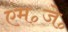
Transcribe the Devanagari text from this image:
एम॰जे॰